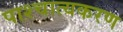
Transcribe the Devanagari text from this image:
पाश्चात्यकरण